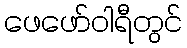
ဖေဖော်ဝါရီတွင်